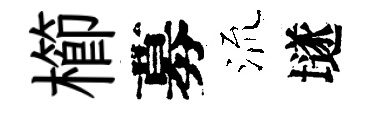
櫛募𣴑𡑞